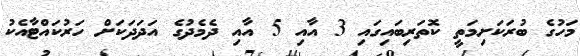
މަހުގެ ބުރަކަށިމަތީ ކޮތަރިބައިގައި 3 އާއި 5 އާއި ދެމެދުގެ އަދަދަކަށް ހަރުކައްޓާއެކު